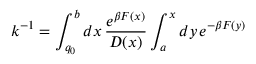
k ^ { - 1 } = \int _ { q _ { 0 } } ^ { b } d x \, \frac { e ^ { \beta F ( x ) } } { D ( x ) } \int _ { a } ^ { x } d y \, e ^ { - \beta F ( y ) }